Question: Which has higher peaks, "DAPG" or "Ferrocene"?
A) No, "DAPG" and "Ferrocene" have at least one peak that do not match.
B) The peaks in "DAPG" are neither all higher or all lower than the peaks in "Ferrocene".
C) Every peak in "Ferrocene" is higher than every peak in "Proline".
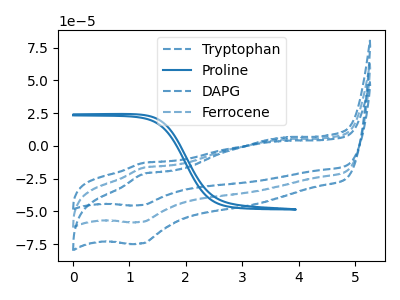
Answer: <think>The blue dashed curve "Tryptophan" has an anodic peak at (1.25V, -33.20uA) and a cathodic peak at (1.20V, -115.90uA). The blue curve "Proline" has no peaks. The blue dashed curve "DAPG" has an anodic peak at (1.25V, -12.95uA) and a cathodic peak at (1.20V, -45.15uA). The blue dashed curve "Ferrocene" has an anodic peak at (1.25V, -16.60uA) and a cathodic peak at (1.20V, -57.95uA).</think>
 <answer>B) The peaks in "DAPG" are neither all higher or all lower than the peaks in "Ferrocene".</answer>
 <eval>B</eval>